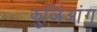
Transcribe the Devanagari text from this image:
झुजिंआंग